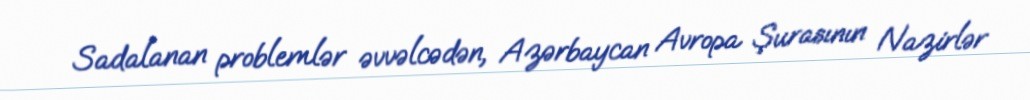
Sadalanan problemlər əvvəlcədən, Azərbaycan Avropa Şurasının Nazirlər